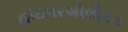
હાઇપરબોલોઇડ